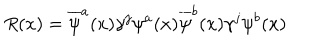
LaTeX: R ( x ) = \overline { { \psi } } ^ { a } ( x ) \gamma ^ { j } \psi ^ { a } ( x ) \overline { { \psi } } ^ { b } ( x ) \gamma ^ { j } \psi ^ { b } ( x )